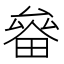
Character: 𤲛